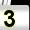
Digit: 3